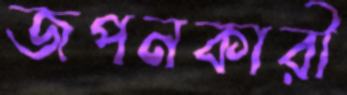
জপনকারী